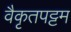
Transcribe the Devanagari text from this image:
वैकृतपट्टम